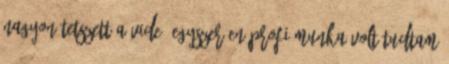
Nagyon tetszett a videó Egyszerűen profi munka volt Tudtam